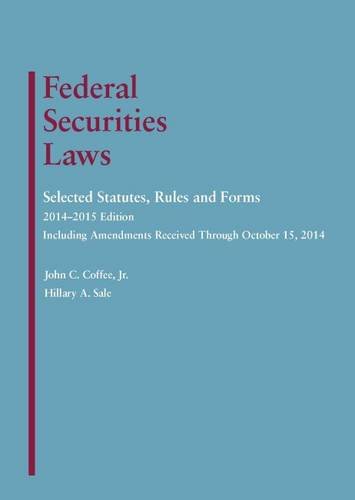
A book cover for Federal Securities Laws: Selected Statutes, Rules and Forms; John Coffee Jr; Law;